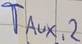
Text: T,Aux,2